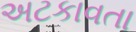
અટકાવતા